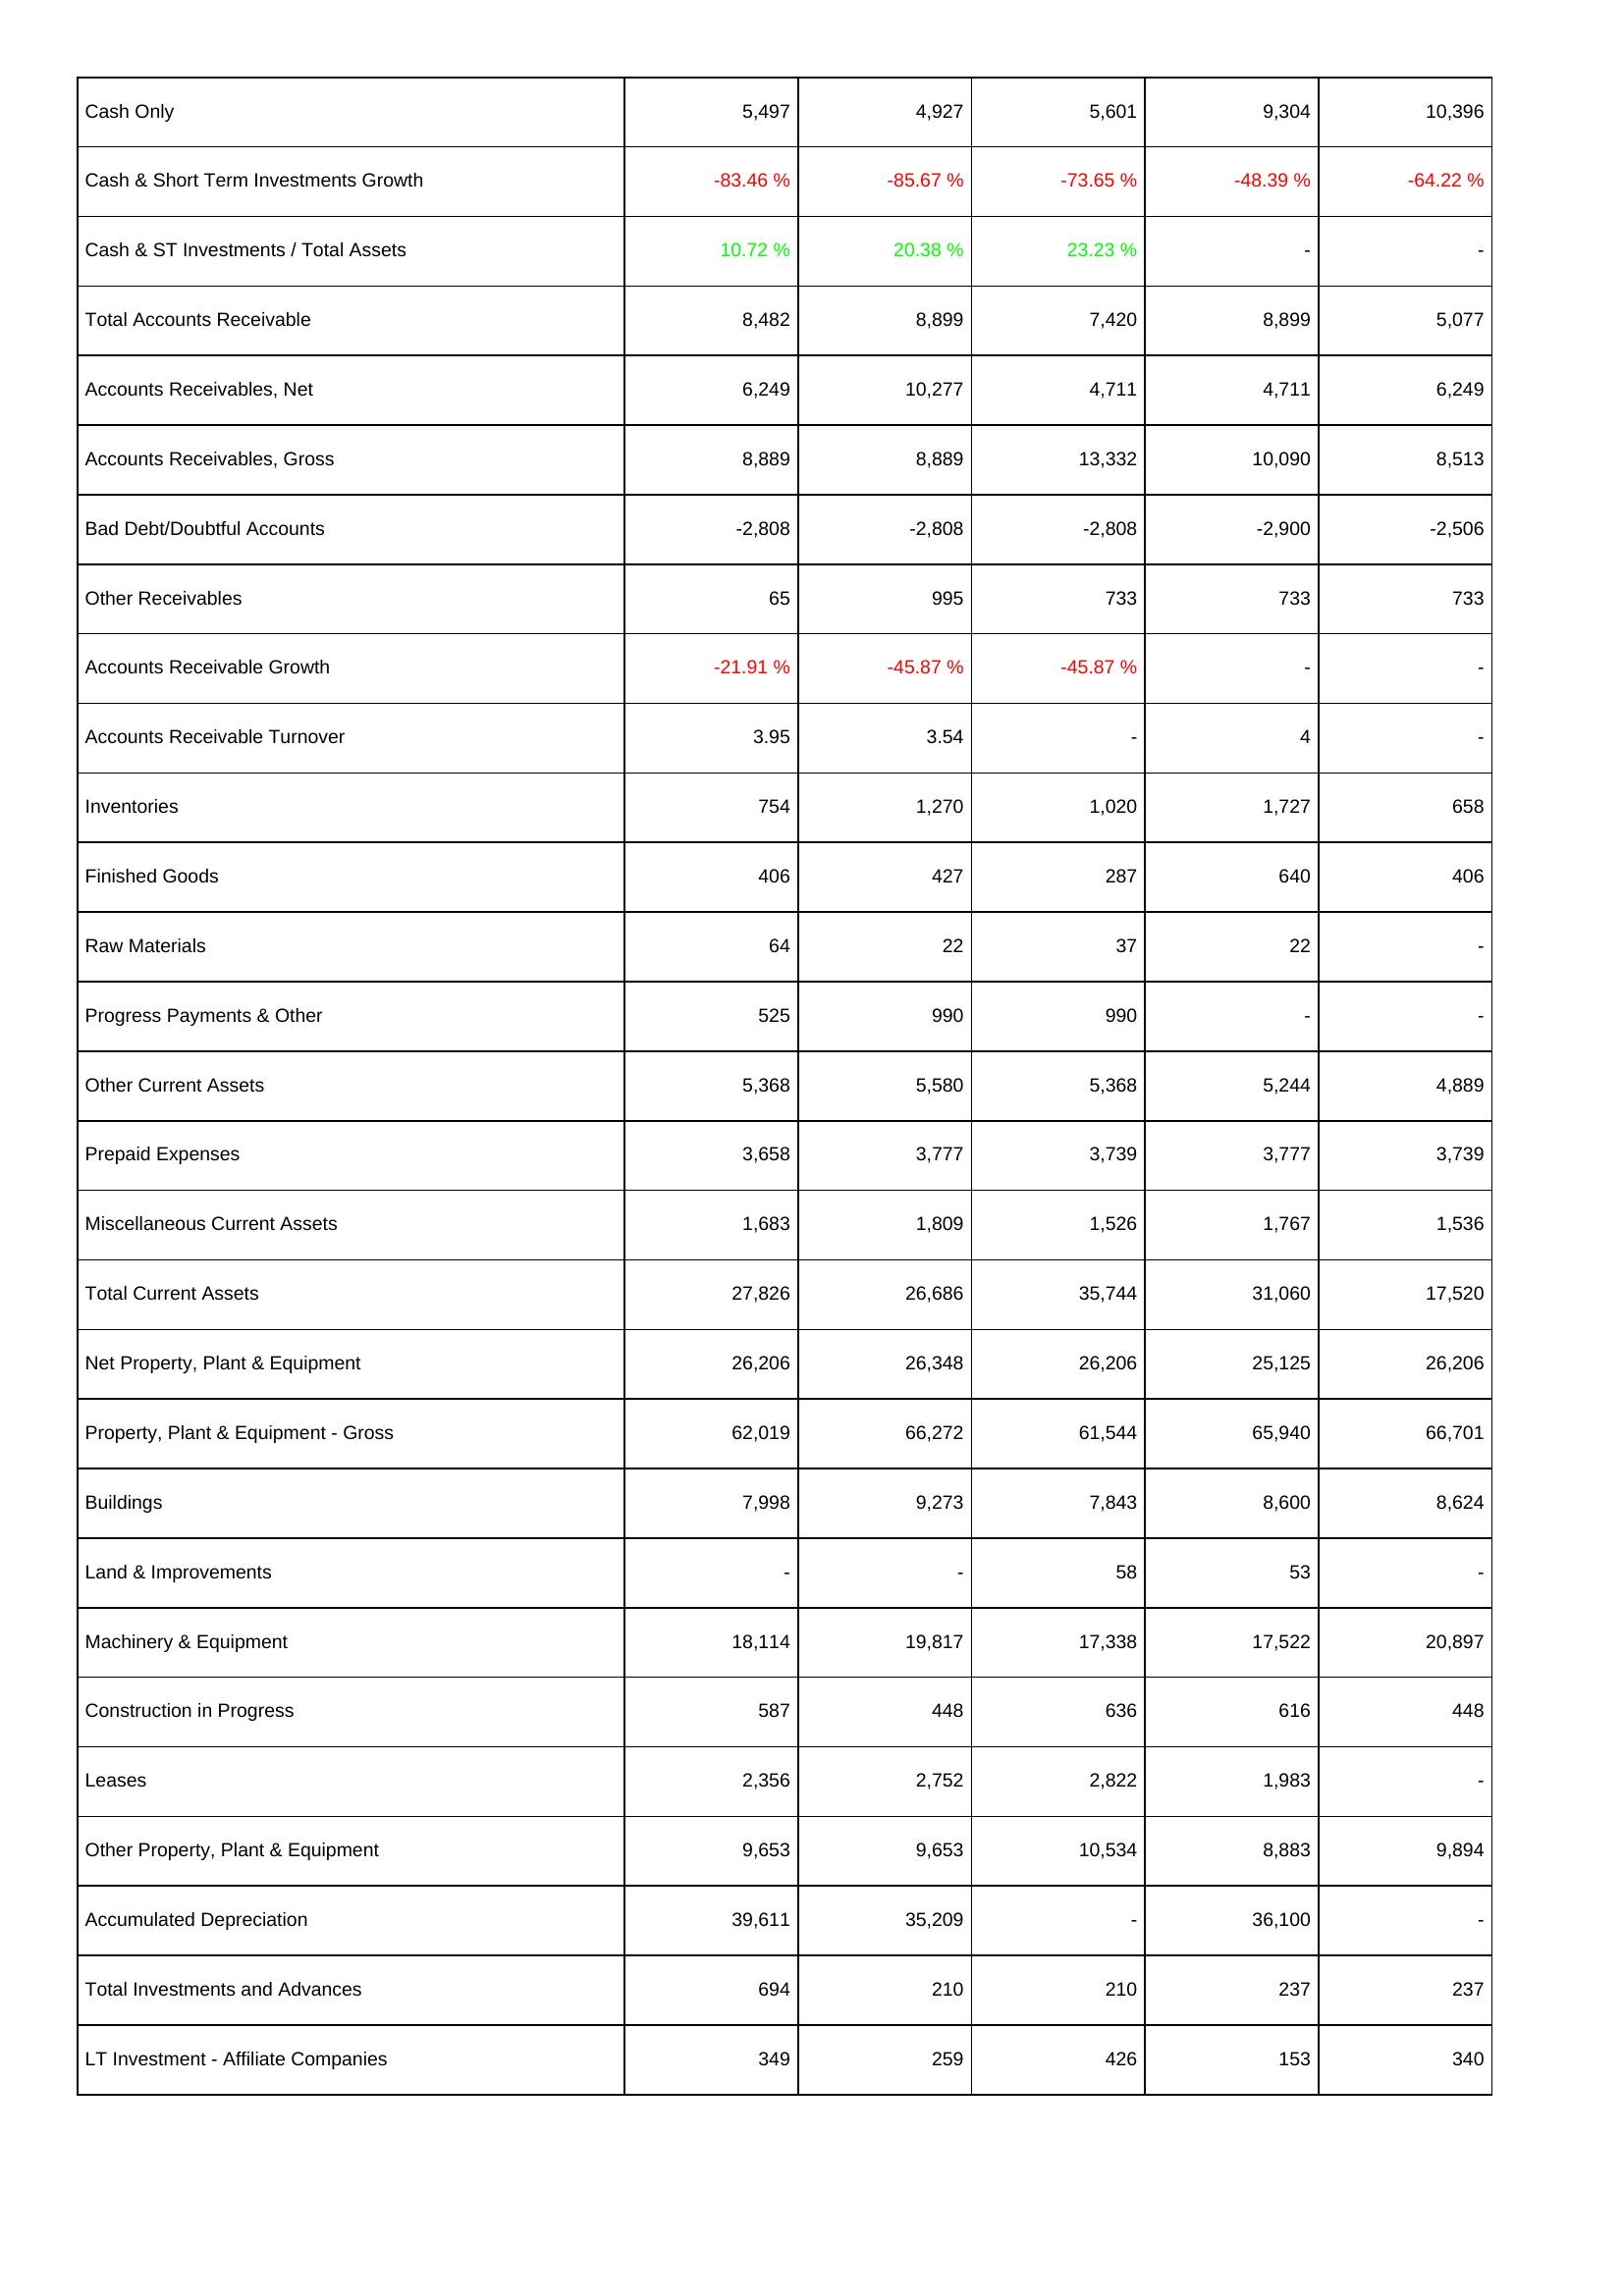
2022: Assets: Cash Only: 5,497
Cash & Short Term Investments Growth: -83.46 %
Cash & ST Investments / Total Assets: 10.72 %
Total Accounts Receivable: 8,482
Accounts Receivables, Net: 6,249
Accounts Receivables, Gross: 8,889
Bad Debt/Doubtful Accounts: -2,808
Other Receivables: 65
Accounts Receivable Growth: -21.91 %
Accounts Receivable Turnover: 3.95
Inventories: 754
Finished Goods: 406
Raw Materials: 64
Progress Payments & Other: 525
Other Current Assets: 5,368
Prepaid Expenses: 3,658
Miscellaneous Current Assets: 1,683
Total Current Assets: 27,826
Net Property, Plant & Equipment: 26,206
Property, Plant & Equipment - Gross: 62,019
Buildings: 7,998
Land & Improvements: -
Machinery & Equipment: 18,114
Construction in Progress: 587
Leases: 2,356
Other Property, Plant & Equipment: 9,653
Accumulated Depreciation: 39,611
Total Investments and Advances: 694
LT Investment - Affiliate Companies: 349
2021: Assets: Cash Only: 4,927
Cash & Short Term Investments Growth: -85.67 %
Cash & ST Investments / Total Assets: 20.38 %
Total Accounts Receivable: 8,899
Accounts Receivables, Net: 10,277
Accounts Receivables, Gross: 8,889
Bad Debt/Doubtful Accounts: -2,808
Other Receivables: 995
Accounts Receivable Growth: -45.87 %
Accounts Receivable Turnover: 3.54
Inventories: 1,270
Finished Goods: 427
Raw Materials: 22
Progress Payments & Other: 990
Other Current Assets: 5,580
Prepaid Expenses: 3,777
Miscellaneous Current Assets: 1,809
Total Current Assets: 26,686
Net Property, Plant & Equipment: 26,348
Property, Plant & Equipment - Gross: 66,272
Buildings: 9,273
Land & Improvements: -
Machinery & Equipment: 19,817
Construction in Progress: 448
Leases: 2,752
Other Property, Plant & Equipment: 9,653
Accumulated Depreciation: 35,209
Total Investments and Advances: 210
LT Investment - Affiliate Companies: 259
2020: Assets: Cash Only: 5,601
Cash & Short Term Investments Growth: -73.65 %
Cash & ST Investments / Total Assets: 23.23 %
Total Accounts Receivable: 7,420
Accounts Receivables, Net: 4,711
Accounts Receivables, Gross: 13,332
Bad Debt/Doubtful Accounts: -2,808
Other Receivables: 733
Accounts Receivable Growth: -45.87 %
Accounts Receivable Turnover: -
Inventories: 1,020
Finished Goods: 287
Raw Materials: 37
Progress Payments & Other: 990
Other Current Assets: 5,368
Prepaid Expenses: 3,739
Miscellaneous Current Assets: 1,526
Total Current Assets: 35,744
Net Property, Plant & Equipment: 26,206
Property, Plant & Equipment - Gross: 61,544
Buildings: 7,843
Land & Improvements: 58
Machinery & Equipment: 17,338
Construction in Progress: 636
Leases: 2,822
Other Property, Plant & Equipment: 10,534
Accumulated Depreciation: -
Total Investments and Advances: 210
LT Investment - Affiliate Companies: 426
2019: Assets: Cash Only: 9,304
Cash & Short Term Investments Growth: -48.39 %
Cash & ST Investments / Total Assets: -
Total Accounts Receivable: 8,899
Accounts Receivables, Net: 4,711
Accounts Receivables, Gross: 10,090
Bad Debt/Doubtful Accounts: -2,900
Other Receivables: 733
Accounts Receivable Growth: -
Accounts Receivable Turnover: 4
Inventories: 1,727
Finished Goods: 640
Raw Materials: 22
Progress Payments & Other: -
Other Current Assets: 5,244
Prepaid Expenses: 3,777
Miscellaneous Current Assets: 1,767
Total Current Assets: 31,060
Net Property, Plant & Equipment: 25,125
Property, Plant & Equipment - Gross: 65,940
Buildings: 8,600
Land & Improvements: 53
Machinery & Equipment: 17,522
Construction in Progress: 616
Leases: 1,983
Other Property, Plant & Equipment: 8,883
Accumulated Depreciation: 36,100
Total Investments and Advances: 237
LT Investment - Affiliate Companies: 153
2018: Assets: Cash Only: 10,396
Cash & Short Term Investments Growth: -64.22 %
Cash & ST Investments / Total Assets: -
Total Accounts Receivable: 5,077
Accounts Receivables, Net: 6,249
Accounts Receivables, Gross: 8,513
Bad Debt/Doubtful Accounts: -2,506
Other Receivables: 733
Accounts Receivable Growth: -
Accounts Receivable Turnover: -
Inventories: 658
Finished Goods: 406
Raw Materials: -
Progress Payments & Other: -
Other Current Assets: 4,889
Prepaid Expenses: 3,739
Miscellaneous Current Assets: 1,536
Total Current Assets: 17,520
Net Property, Plant & Equipment: 26,206
Property, Plant & Equipment - Gross: 66,701
Buildings: 8,624
Land & Improvements: -
Machinery & Equipment: 20,897
Construction in Progress: 448
Leases: -
Other Property, Plant & Equipment: 9,894
Accumulated Depreciation: -
Total Investments and Advances: 237
LT Investment - Affiliate Companies: 340